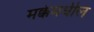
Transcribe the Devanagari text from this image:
मक्केमधील